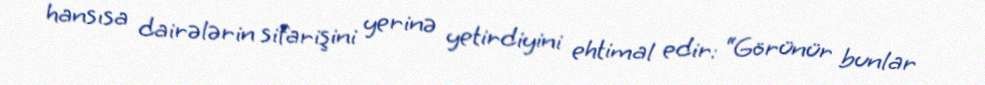
hansısa dairələrin sifarişini yerinə yetirdiyini ehtimal edir: “Görünür bunlar